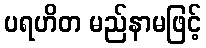
ပရဟိတ မည်နာမဖြင့်